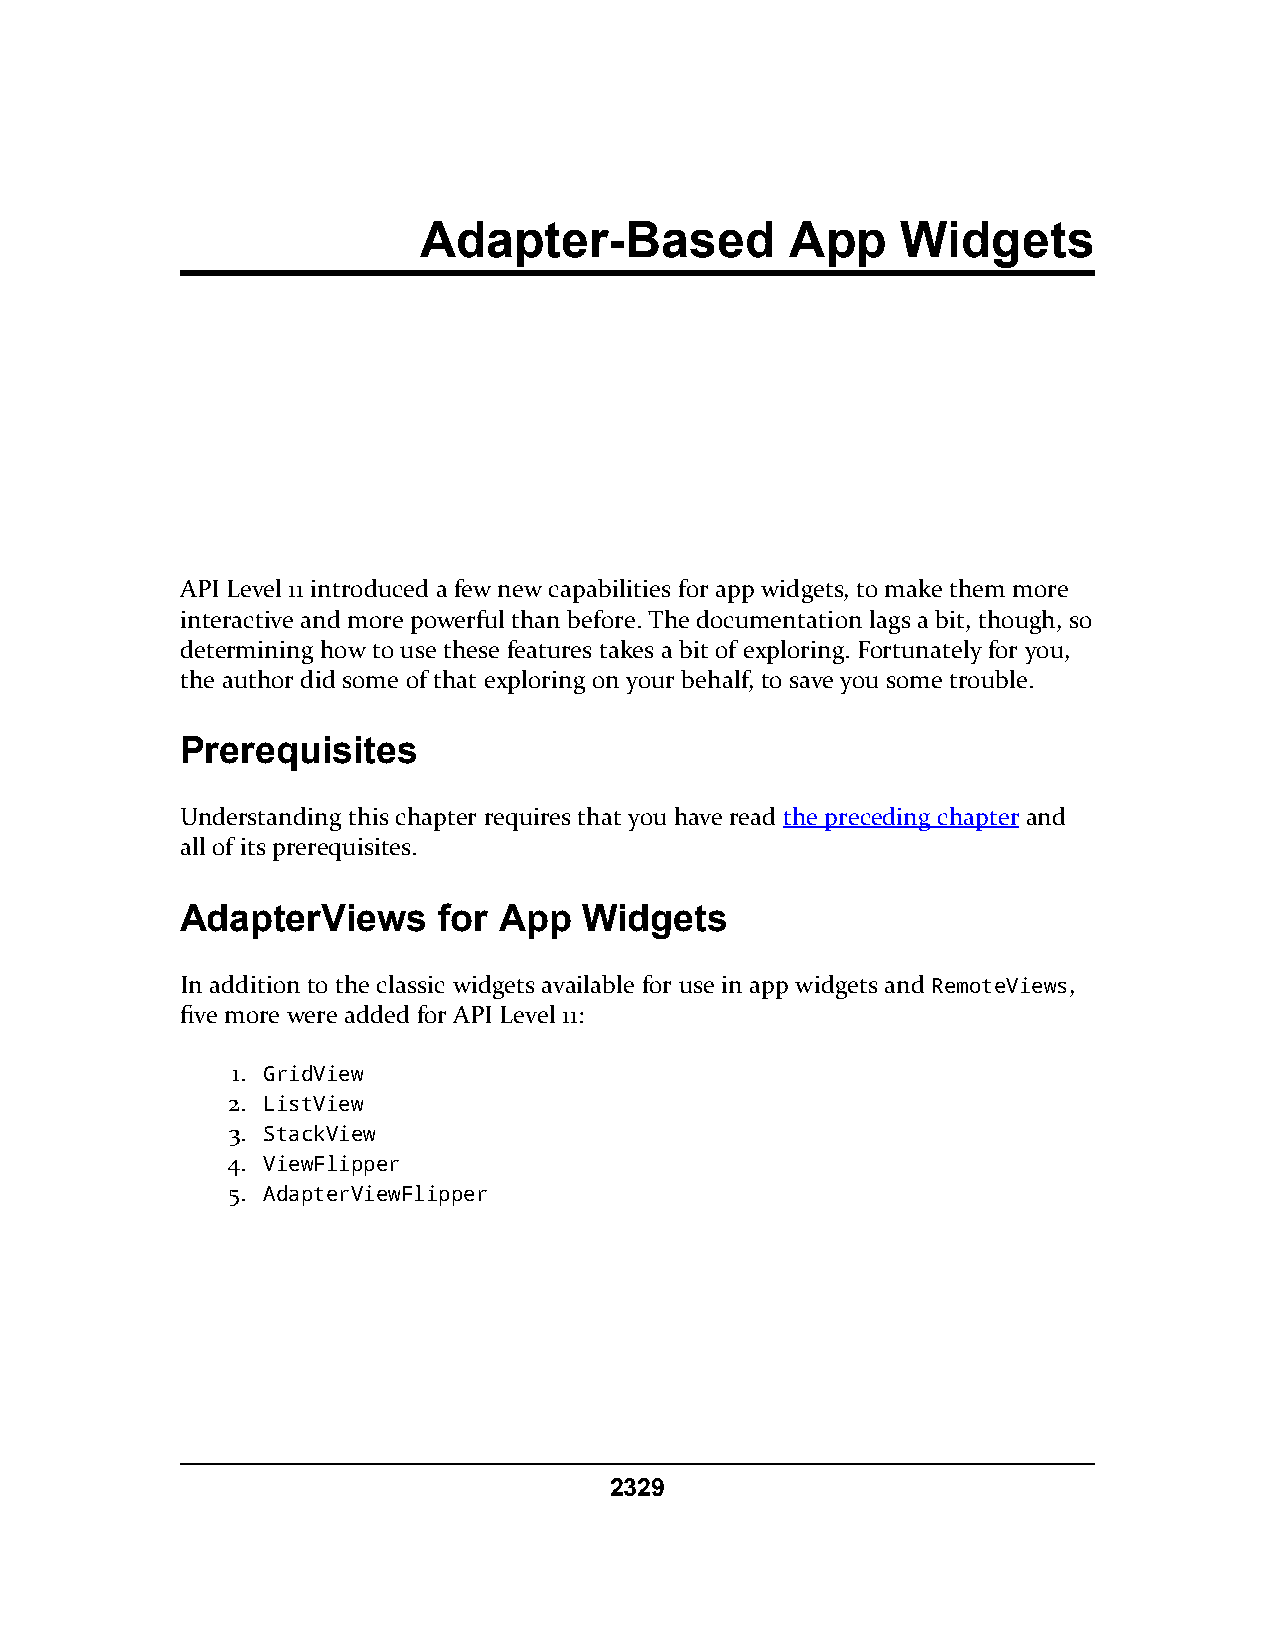
Adapter-Based           App     Widgets
 API Level 11 introduced a few new capabilities for app widgets, to make them more
 interactive and more powerful than before. The documentation lags a bit, though, so
 determining how to use these features takes a bit of exploring. Fortunately for you,
 the author did some of that exploring on your behalf, to save you some trouble.
 Prerequisites
 Understanding this chapter requires that you have read the preceding chapter and
 all of its prerequisites.
 AdapterViews     for App   Widgets
 In addition to the classic widgets available for use in app widgets and RemoteViews,
 five more were added for API Level 11:
 1. GridView
 2. ListView
 3. StackView
 4. ViewFlipper
 5. AdapterViewFlipper
 2329